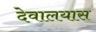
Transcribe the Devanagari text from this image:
देवालयास